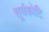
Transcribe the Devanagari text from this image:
सूर्यकोटि